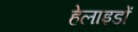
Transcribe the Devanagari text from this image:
हेलाइडों